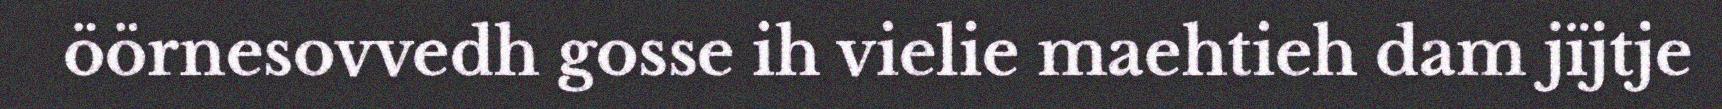
öörnesovvedh gosse ih vielie maehtieh dam jïjtje